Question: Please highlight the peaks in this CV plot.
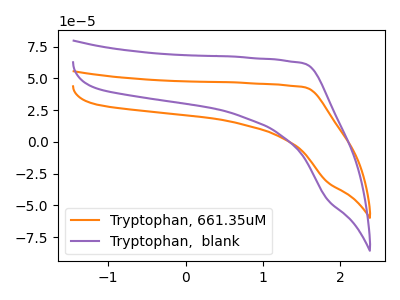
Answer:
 <answer>The orange curve "Tryptophan, 661.35uM" has no peaks. The purple curve "Tryptophan,  blank" has no peaks.</answer>
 <eval></eval>